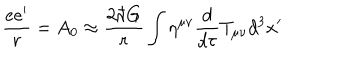
LaTeX: \frac { e e ^ { \prime } } { r } = A _ { 0 } \approx \frac { 2 \hbar G } { r } \int \eta ^ { \mu \nu } \frac { d } { d \tau } T _ { \mu \nu } d ^ { 3 } x ^ { \prime }